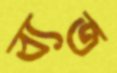
ব্যত